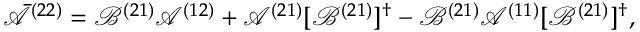
\bar { \mathcal { A } } ^ { ( 2 2 ) } = \mathcal { B } ^ { ( 2 1 ) } \mathcal { A } ^ { ( 1 2 ) } + \mathcal { A } ^ { ( 2 1 ) } [ \mathcal { B } ^ { ( 2 1 ) } ] ^ { \dagger } - \mathcal { B } ^ { ( 2 1 ) } \mathcal { A } ^ { ( 1 1 ) } [ \mathcal { B } ^ { ( 2 1 ) } ] ^ { \dagger } ,